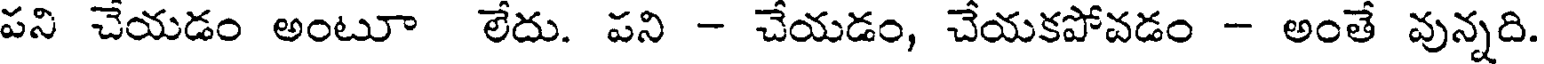
పని చేయడం అంటూ లేదు. పని - చేయడం, చేయకపోవడం - అంతే వున్నది